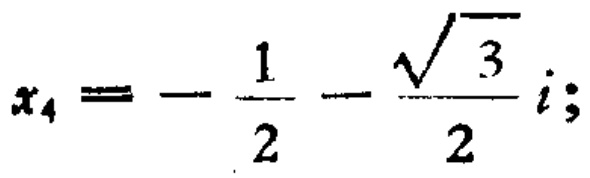
$x_{4}=-\frac{1}{2}-\frac{\sqrt{3}}{2}i;$